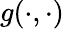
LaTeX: g(\cdot,\cdot)